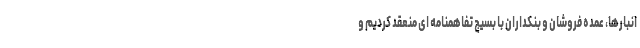
انبارها، عمده فروشان و بنکداران با بسیج تفاهمنامه ای منعقد کردیم و